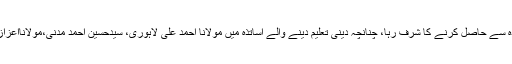
دینی تعلیم وقت کے نامور اور جید اساتذہ سے حاصل کرنے کا شرف رہا، چنانچہ دینی تعلیم دینے والے اساتذہ میں مولانا احمد علی لاہوریؒ، سیدحسین احمد مدنی،مولانااعزاز علی اور قاری اصغرعلی قابلِ ذکر ہیں۔